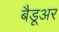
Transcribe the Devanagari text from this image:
बैडूअर